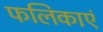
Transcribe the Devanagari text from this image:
फलिकाएं